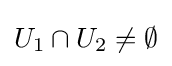
U_{1}\cap U_{2}\neq \emptyset